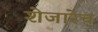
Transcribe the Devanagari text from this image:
शेजारेच